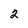
Character: 2